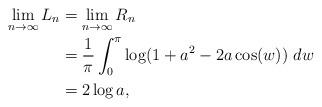
LaTeX: \begin{align*}\lim_{n\rightarrow\infty}L_n &= \lim_{n\rightarrow\infty} R_n \\&= \frac{1}{\pi}\int_{0}^{\pi} \log (1 + a^2 - 2a\cos(w))~dw \\&= 2\log a, \end{align*}